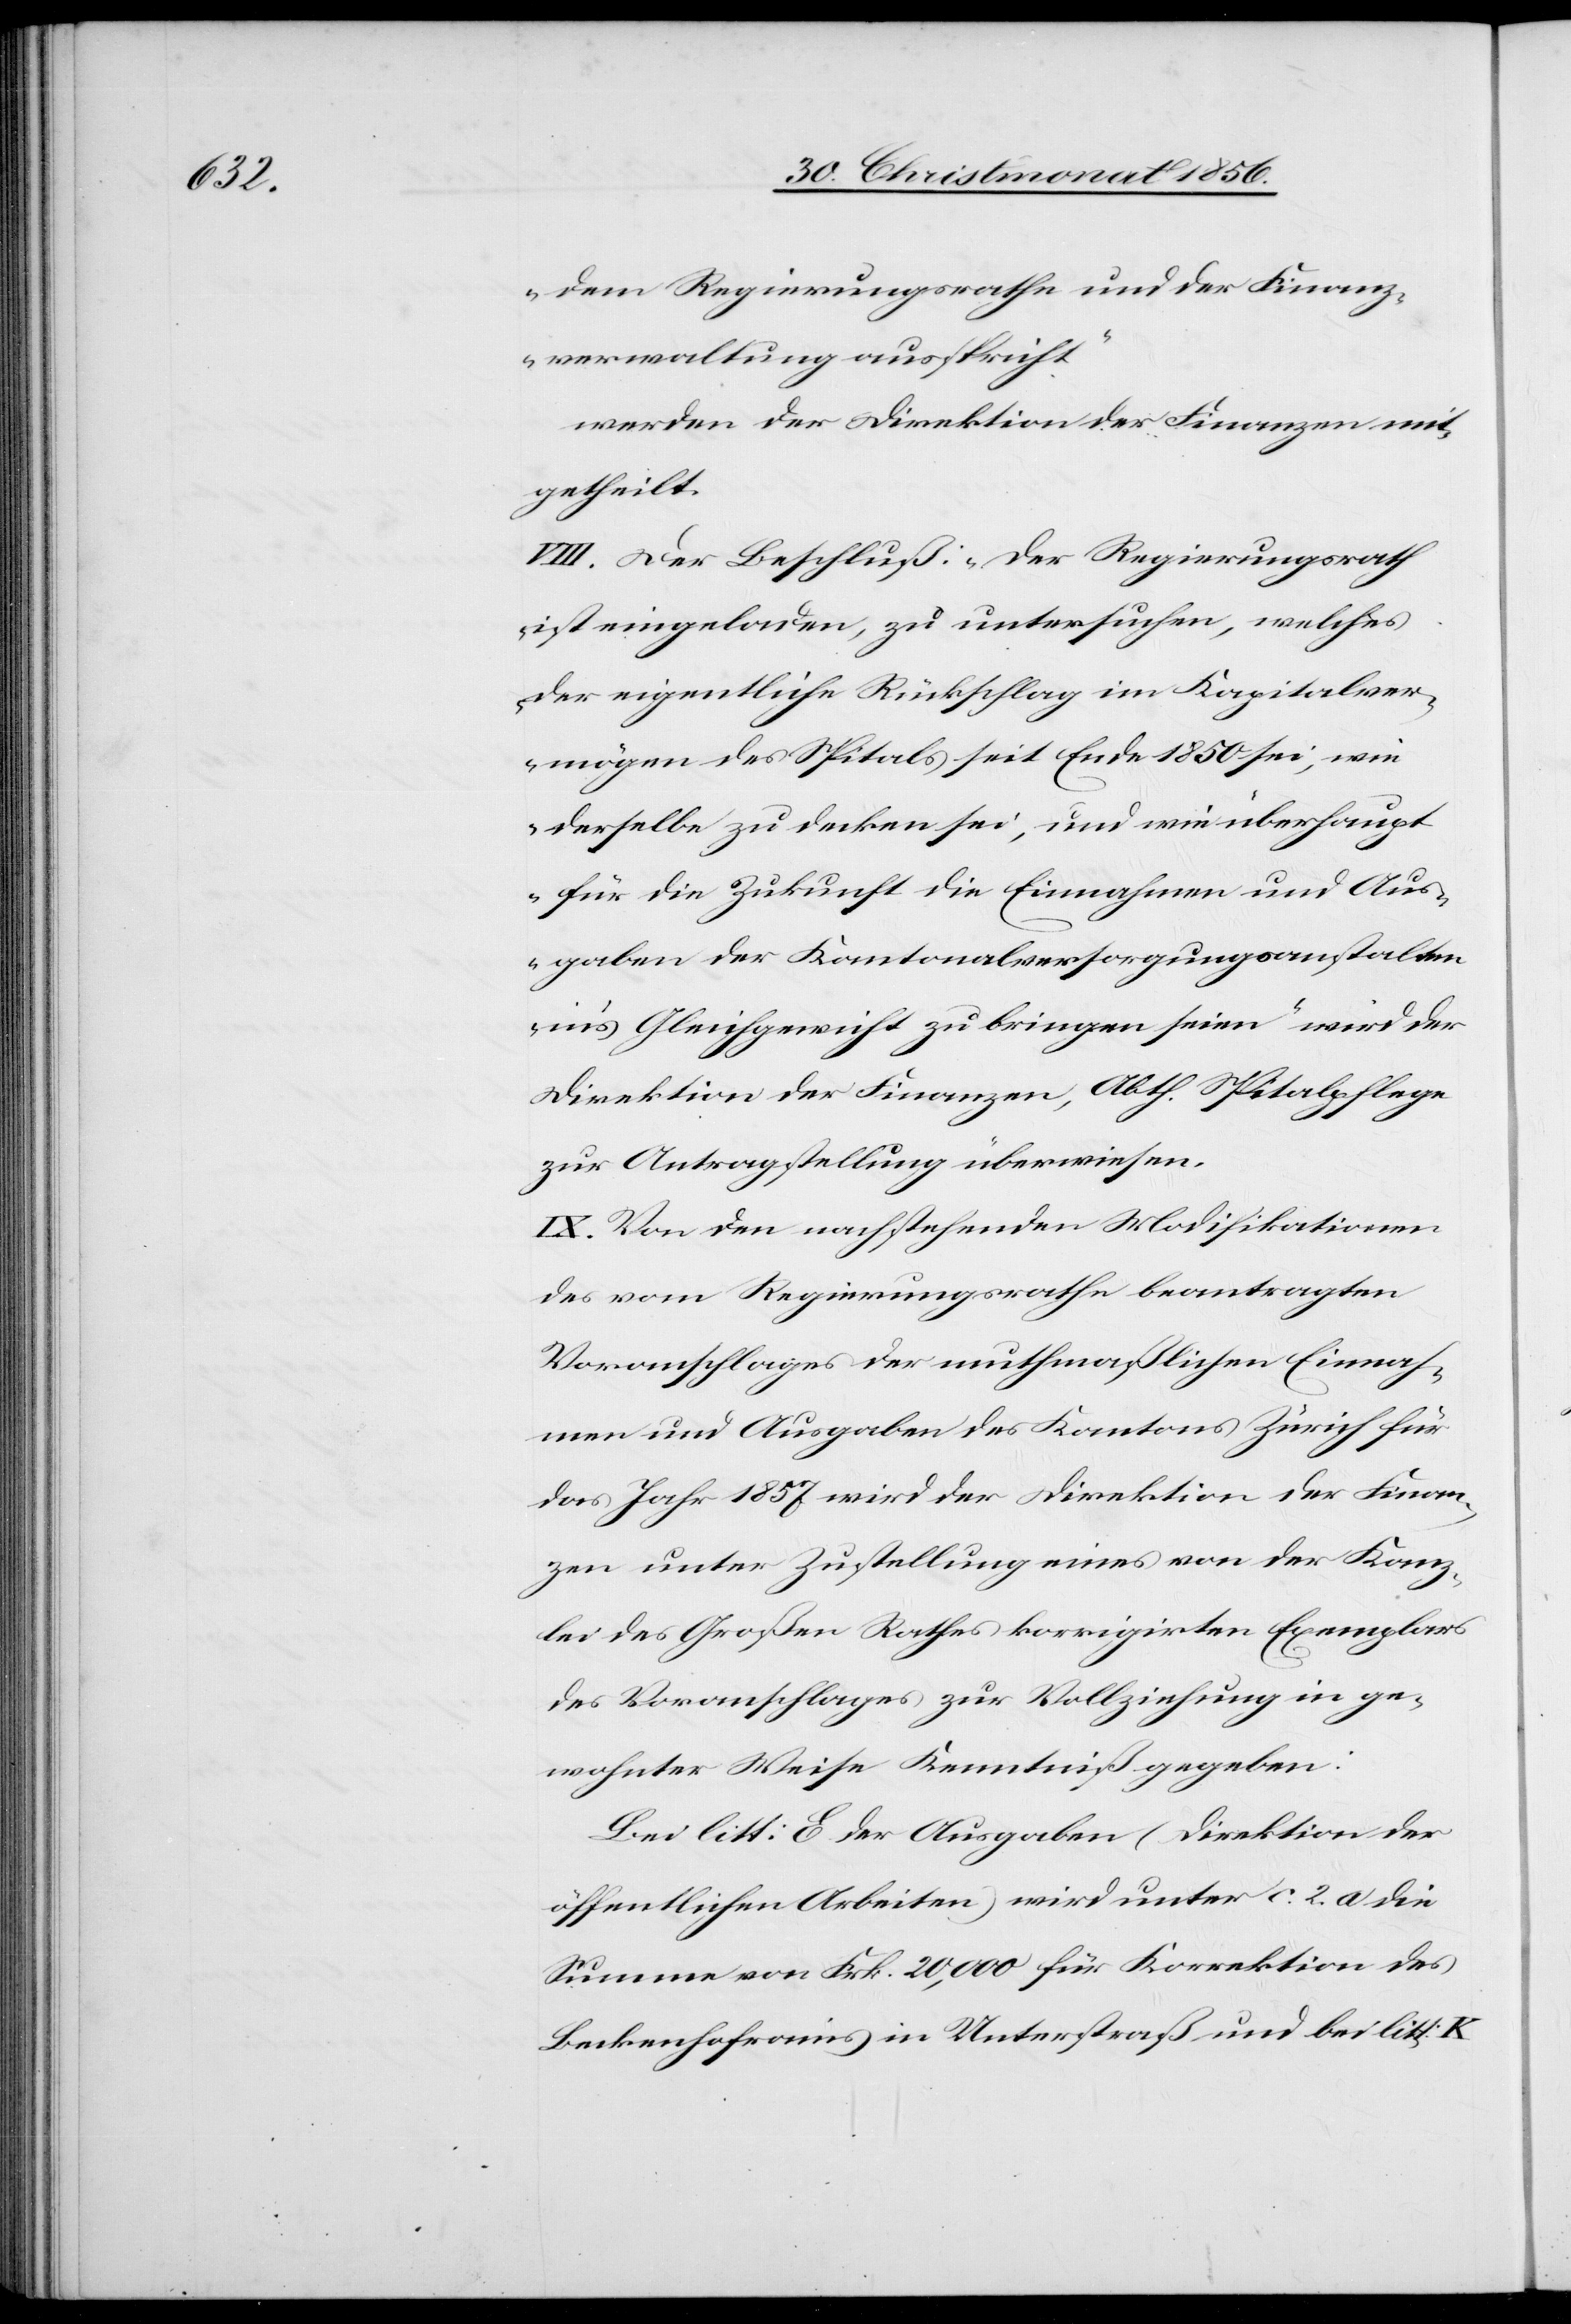
dem Regierungsrathe und der Finanz¬
verwaltung ausspricht.“
werden der Direktion der Finanzen mit¬
getheilt.
VIII. Der Beschluß: „Der Regierungsrath
ist eingeladen, zu untersuchen, welches
der eigentliche Rückschlag im Kapitalver¬
mögen des Spitals seit Ende 1850 sei, wie
derselbe zu decken sei, und wie überhaupt
für die Zukunft die Einnahmen und Aus¬
gaben der Kantonalversorgungsanstalten
in's Gleichgewicht zu bringen seien“ wird der
Direktion der Finanzen, Abth. Spitalpflege
zur Antragstellung überwiesen.
IX. Von den nachstehenden Modifikationen
des vom Regierungsrathe beantragten
Voranschlages der muthmaßlichen Einnah¬
men und Ausgaben des Kantons Zürich für
das Jahr 1857 wird der Direktion der Finan¬
zen unter Zustellung eines von der Kanz¬
lei des Großen Rathes korrigirten Exemplars
des Voranschlages zur Vollziehung in ge¬
wohnter Weise Kenntniß gegeben:
Bei litt: E der Ausgaben (Direktion der
öffentlichen Arbeiten) wird unter c. 2. a die
Summe von Frk. 20,000 für Korrektion des
Beckenhofrains in Unterstraß und bei litt: